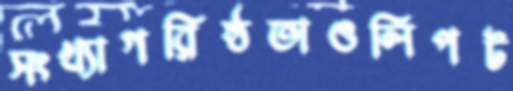
সংখ্যাগরিষ্ঠতাওলিপট